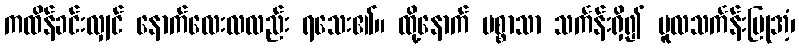
ကထိန်ခင်းလျှင် နောက်လေးလလည်း ရသေး၏။ ထို့နောက် ပစ္စာသာ သင်္ကန်းရှိ၍ မူလသင်္ကန်းပြုအံ့၊